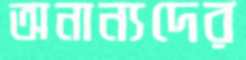
অনান্যদের